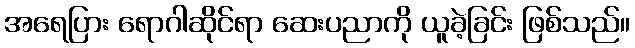
အရေပြား ရောဂါဆိုင်ရာ ဆေးပညာကို ယူခဲ့ခြင်း ဖြစ်သည်။